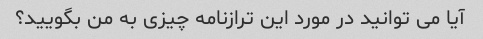
آیا می توانید در مورد این ترازنامه چیزی به من بگویید؟